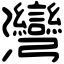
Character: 灣